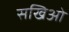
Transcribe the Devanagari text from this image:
सखिओं